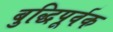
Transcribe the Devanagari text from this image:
बुद्धिपूर्वक